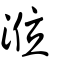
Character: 涖